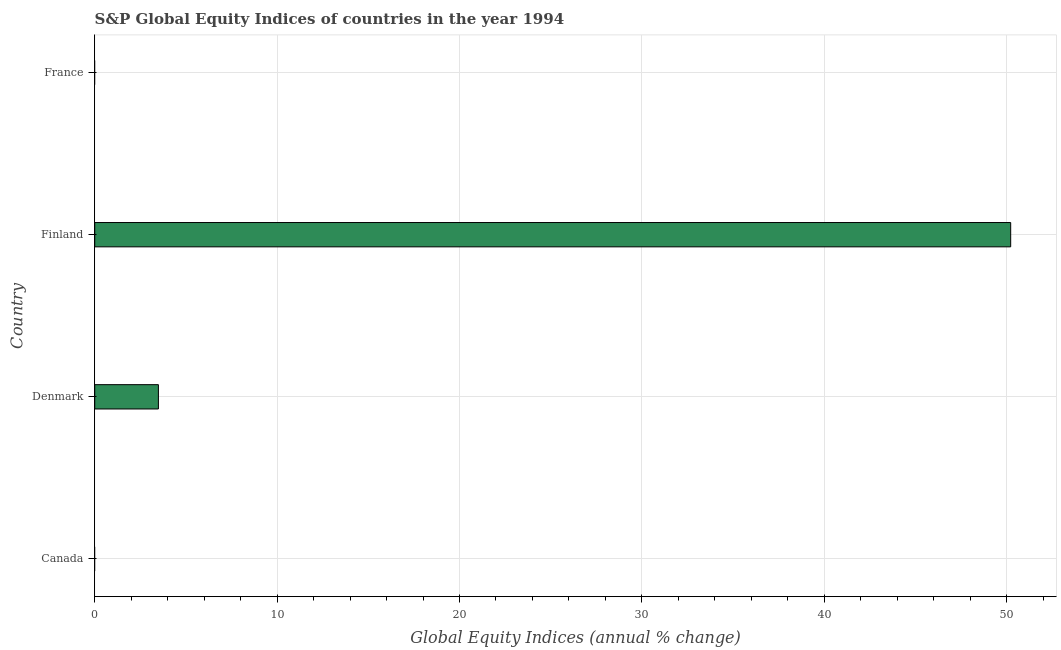
| Country | S&P Global Equity Indices |
 | --- | --- |
 | Canada | -7.46 |
 | Denmark | 3.49 |
 | Finland | 50.2 |
 | France | -7.99 |